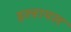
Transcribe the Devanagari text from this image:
इस्त्रायल